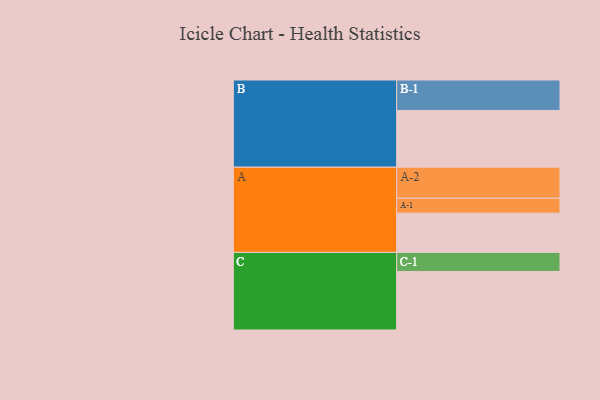
{"axis": {"x": "Segment", "y": "Value"}, "legend": ["", "A", "B", "C"], "data": [{"x": "A", "y": 311, "type": ""}, {"x": "B", "y": 450, "type": ""}, {"x": "C", "y": 464, "type": ""}, {"x": "A-1", "y": 118, "type": "A"}, {"x": "A-2", "y": 246, "type": "A"}, {"x": "B-1", "y": 241, "type": "B"}, {"x": "C-1", "y": 151, "type": "C"}]}